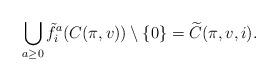
LaTeX: \begin{align*}\bigcup_{a \geq 0} \tilde{f}_i^a(C(\pi, v)) \setminus \{ 0 \} = \widetilde{C}(\pi, v, i).\end{align*}